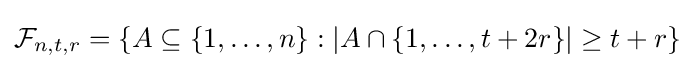
{\mathcal {F}}_{n,t,r}=\{A\subseteq \{1,\dots ,n\}:|A\cap \{1,\dots ,t+2r\}|\geq t+r\}